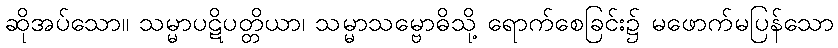
ဆိုအပ်သော။ သမ္မာပဋိပတ္တိယာ၊ သမ္မာသမ္ဗောဓိသို့ ရောက်စေခြင်း၌ မဖောက်မပြန်သော